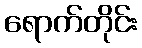
ရောက်တိုင်း